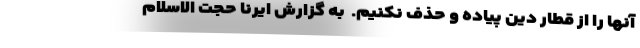
آنها را از قطار دین پیاده و حذف نکنیم. ‌ به گزارش ایرنا حجت الاسلام